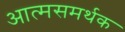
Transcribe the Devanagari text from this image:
आत्मसमर्थक